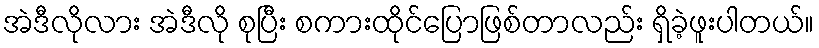
အဲဒီလိုလား အဲဒီလို စုပြီး စကားထိုင်ပြောဖြစ်တာလည်း ရှိခဲ့ဖူးပါတယ်။